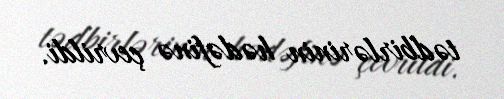
tədbirlərinin hədəfinə çevrildi.